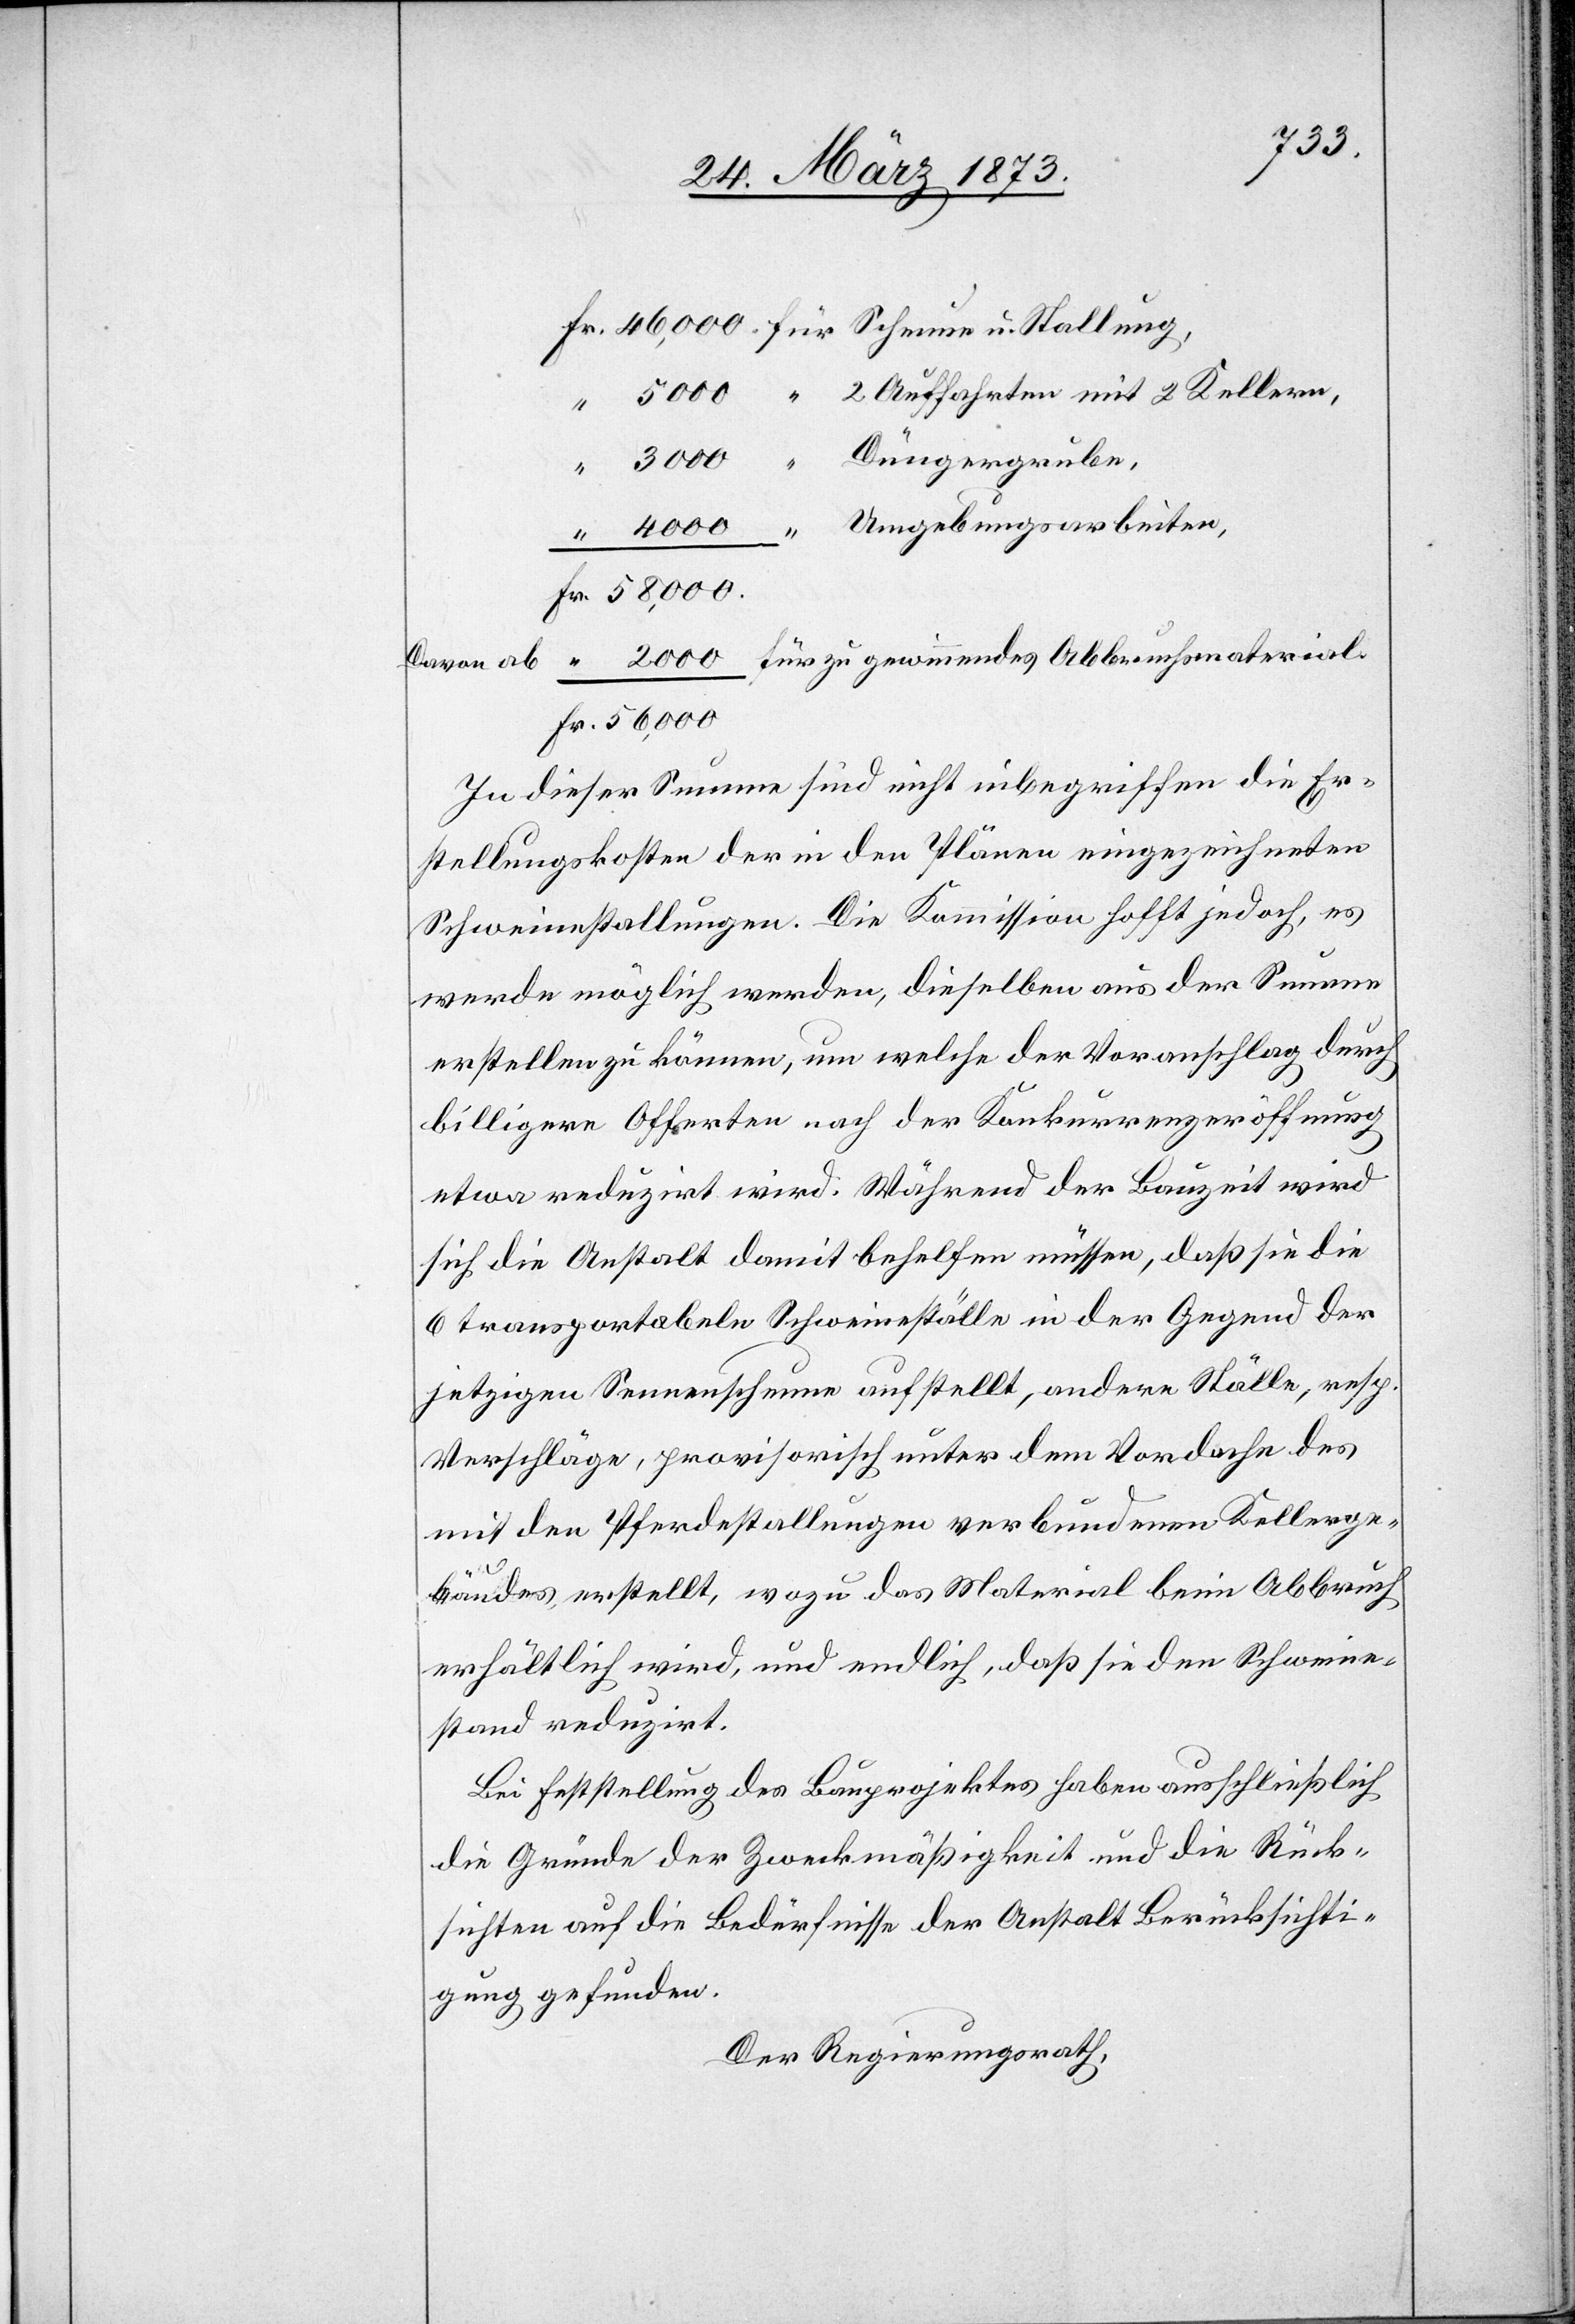
Fr. 46,000 für Scheune u. Stallung,
“ 5000 “ 2 Auffahrten mit 2 Kellern,
“ 3000 “ Düngergrube,
“ 4000 “ Umgebungsarbeiten,
Fr. 58,000.
“ 2000 für zu gewinnendes Abbruchsmaterial.
Davon ab
Fr. 56,000
In dieser Summe sind nicht inbegriffen die Er¬
stellungskosten der in den Plänen eingezeichneten
Schweinestallungen. Die Kommission hofft jedoch, es
werde möglich werden, dieselben aus der Summe
erstellen zu können, um welche der Voranschlag durch
billigere Offerten nach der Konkurrenzeröffnung
etwas reduzirt wird. Während der Bauzeit wird
sich die Anstalt damit behelfen müssen, daß sie die
6 transportabeln Schweineställe in der Gegend der
jetzigen Sennenscheune aufstellt, andere Ställe, resp.
Verschläge, provisorisch unter dem Vordache des
mit den Pferdestallungen verbundenen Kellerge¬
bäudes erstellt, wozu das Material beim Abbruch
erhältlich wird, und endlich, daß sie den Schweine¬
stand reduzirt.
Bei Feststellung des Bauprojektes haben ausschließlich
die Gründe der Zweckmäßigkeit und die Rück¬
sichten auf die Bedürfnisse der Anstalt Berücksichti¬
gung gefunden.
Der Regierungsrath,